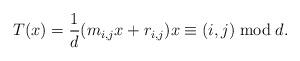
LaTeX: \begin{align*} T(x) = \frac{1}{d}(m_{i,j}x + r_{i,j}) x \equiv (i,j) \bmod d.\end{align*}